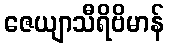
ဇေယျာသီရိဗိမာန်